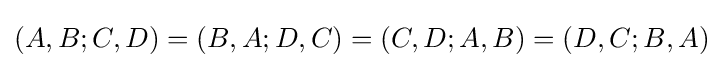
(A,B;C,D)=(B,A;D,C)=(C,D;A,B)=(D,C;B,A)